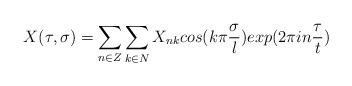
LaTeX: \begin{align*}X(\tau,\sigma)=\sum_{n\in Z}\sum_{k\in N}X_{nk}cos(k\pi\frac{\sigma}{l})exp(2\pi in\frac{\tau}{t})\end{align*}